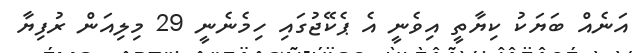
އަނެއް ބަޔަކު ކިޔާތީ އިވެނީ އެ ޕެކޭޖުގައި ހިމެނެނީ 29 މިލިއަން ރުފިޔާ